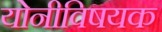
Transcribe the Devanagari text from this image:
योनीविषयक